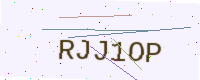
Text: RJJ1OP